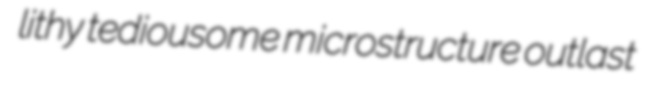
lithy tediousome microstructure outlast